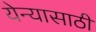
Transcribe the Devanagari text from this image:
येन्यासाठी